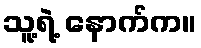
သူ့ရဲ့ နောက်က။